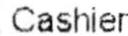
CASHIER